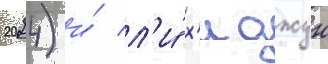
2024) и́ л'и́ х'иджун